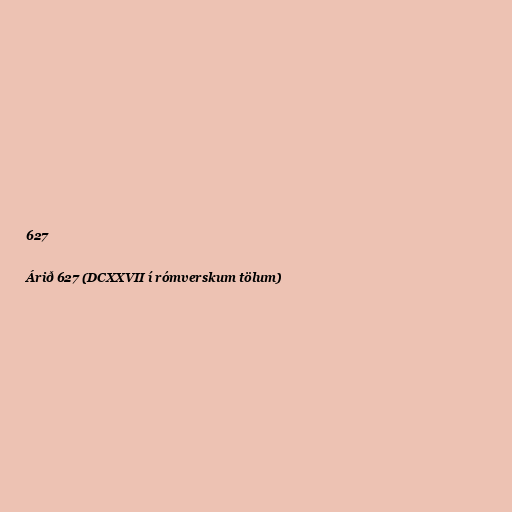
627

Árið 627 (DCXXVII í rómverskum tölum)